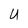
Character: U